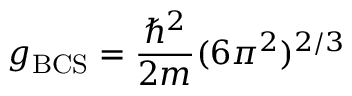
g _ { \mathrm { B C S } } = \frac { \hbar ^ { 2 } } { 2 m } ( 6 \pi ^ { 2 } ) ^ { 2 / 3 }